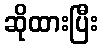
ဆိုထားပြီး